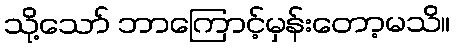
သို့သော် ဘာကြောင့်မှန်းတော့မသိ။